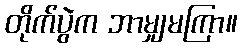
တိုက်ပွဲက ဘာမျှမကြာ။